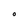
Character: O